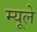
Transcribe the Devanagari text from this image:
म्यूले